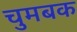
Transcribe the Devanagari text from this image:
चुमबक